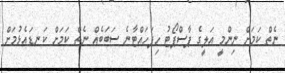
ނެތް ކަމަށް ނިންމީ އަލީގެ ޕާސްޕޯޓު ހިފަހައްޓާނެ ސަބަބެއް ނެތް ކަމަށް ކަނޑައެޅުމަށް